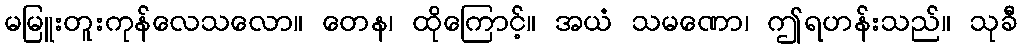
မမြူးတူးကုန်လေသလော။ တေန၊ ထိုကြောင့်။ အယံ သမဏော၊ ဤရဟန်းသည်။ သုခီ